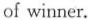
of winner.